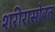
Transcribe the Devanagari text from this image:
शरीरासोबत